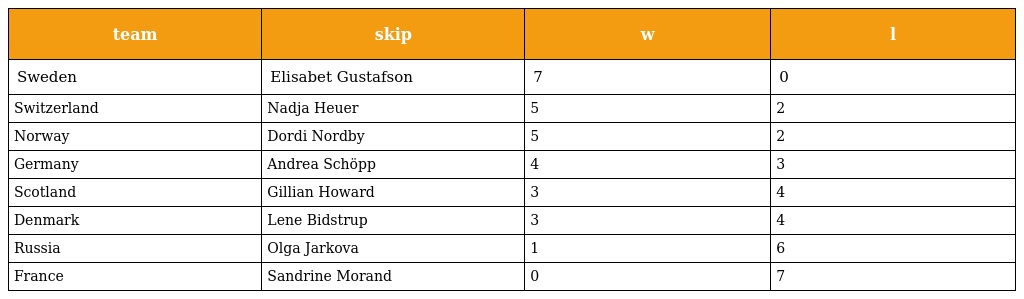
| team | skip | w | l |
 | --- | --- | --- | --- |
 | Sweden | Elisabet Gustafson | 7 | 0 |
 | Switzerland | Nadja Heuer | 5 | 2 |
 | Norway | Dordi Nordby | 5 | 2 |
 | Germany | Andrea Schöpp | 4 | 3 |
 | Scotland | Gillian Howard | 3 | 4 |
 | Denmark | Lene Bidstrup | 3 | 4 |
 | Russia | Olga Jarkova | 1 | 6 |
 | France | Sandrine Morand | 0 | 7 |